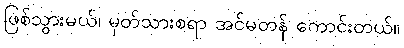
ဖြစ်သွားမယ်၊ မှတ်သားစရာ အင်မတန် ကောင်းတယ်။